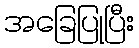
အခြေပြုပြီး